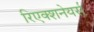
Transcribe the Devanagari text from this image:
रिएक्शनेयर्स